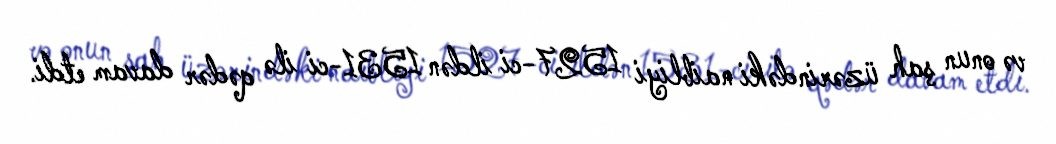
və onun şah üzərindəki naibliyi 1527-ci ildən 1531-ci ilə qədər davam etdi.